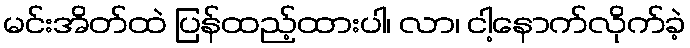
မင်းအိတ်ထဲ ပြန်ထည့်ထားပါ၊ လာ၊ ငါ့နောက်လိုက်ခဲ့